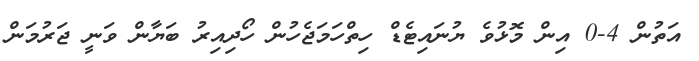
އަތުން 4-0 އިން މޮޅުވެ ޔުނައިޓެޑް ހިތްހަމަޖެހުން ހޯދިއިރު ބަޔާން ވަނީ ޖަރުމަން